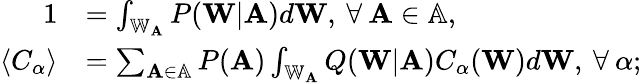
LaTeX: \begin{array}{rl}{1}&{=\int_{\mathbb{W}_{\mathbf{A}}}P(\mathbf{W}|\mathbf{A})d\mathbf{W},\: \forall\: \mathbf{A}\in\mathbb{A},}\\ {\langle C_{\alpha}\rangle}&{=\sum_{\mathbf{A}\in\mathbb{A}}P(\mathbf{A})\int_{\mathbb{W}_{\mathbf{A}}}Q(\mathbf{W}|\mathbf{A})C_{\alpha}(\mathbf{W})d\mathbf{W},\: \forall\: \alpha;}\end{array}